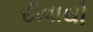
દીવાથી